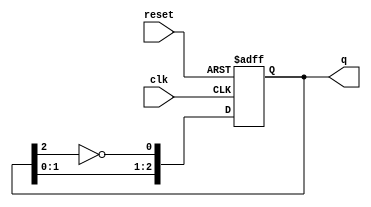
module johnson_counter (
    input wire clk,         // Clock input
    input wire reset,       // Asynchronous reset
    output reg [2:0] q      // 3-bit output representing the current state
);

// State register
always @(posedge clk or posedge reset) begin
    if (reset) begin
        q <= 3'b000; // Initialize to 000 on reset
    end else begin
        // Johnson counter logic: Shift left and feed back inverted last bit
        q <= {q[1:0], ~q[2]};
    end
end

endmodule